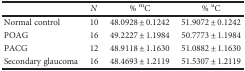
<table><thead><tr><td></td><td><b><i>N</i></b></td><td><b>% <sup>m</sup>C</b></td><td><b>% <sup>u</sup>C</b></td></tr></thead><tbody><tr><td>Normal control</td><td>10</td><td>48.0928 ± 0.1242</td><td>51.9072 ± 0.1242</td></tr><tr><td>POAG</td><td>16</td><td>49.2227 ± 1.1984</td><td>50.7773 ± 1.1984</td></tr><tr><td>PACG</td><td>12</td><td>48.9118 ± 1.1630</td><td>51.0882 ± 1.1630</td></tr><tr><td>Secondary glaucoma</td><td>16</td><td>48.4693 ± 1.2119</td><td>51.5307 ± 1.2119</td></tr></tbody></table>